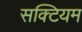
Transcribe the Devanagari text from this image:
सक्टियम